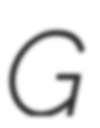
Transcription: G